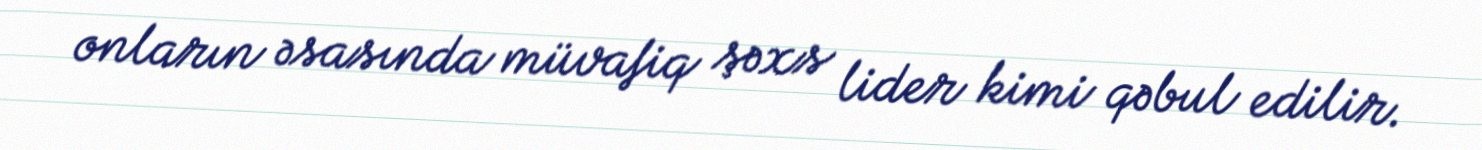
onların əsasında müvafiq şəxs lider kimi qəbul edilir.